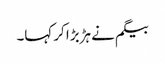
بیگم نے ہڑبڑا کر کہا۔